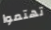
تهتموا